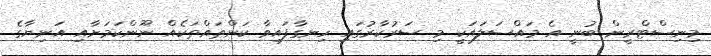
މިނިސްޓްރީން ބުނީ އެ މައްސަލައަކީ މި ސަރުކާރުގައި ހިނގާފައިވާ ކަންތައްތަކެއް ނޫންކަމަށާއި އަނިޔާގެ